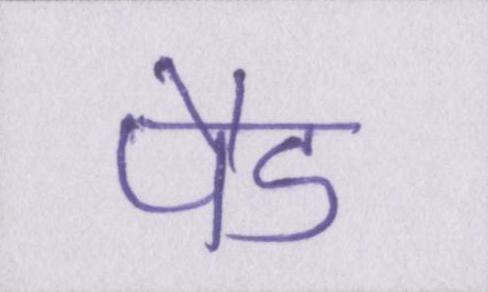
पैड